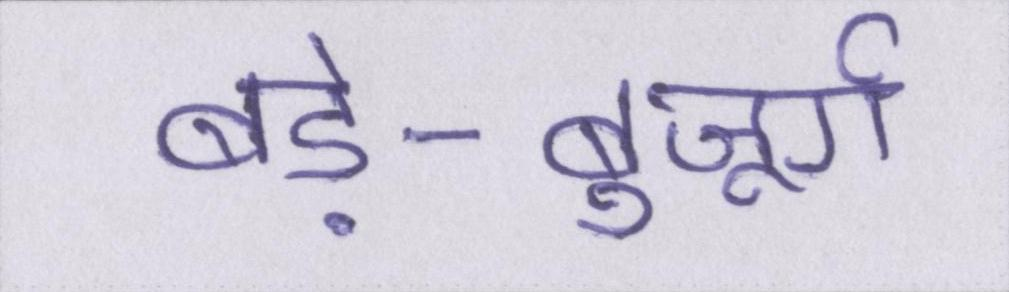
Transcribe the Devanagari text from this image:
बड़े-बुजूर्ग